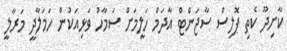
ކާށިދޫ ކެތި ޕޮލިސް ސާޖަންޓް އާދަމް ހަލީމަށް ސަމާހު ވަޅިއަކުން ހަމަލާދީ މަރާލީ